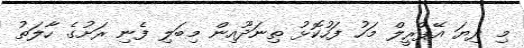
މި ދިޔަ އޭޕްރީލް މަހު ފަހުކޮޅު ތިނަދޫއިން މިބަލި ފެނި ރަށުގެ ހާލަތު